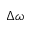
\Delta \omega